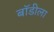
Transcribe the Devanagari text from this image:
बॉडीला